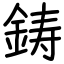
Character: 鋳